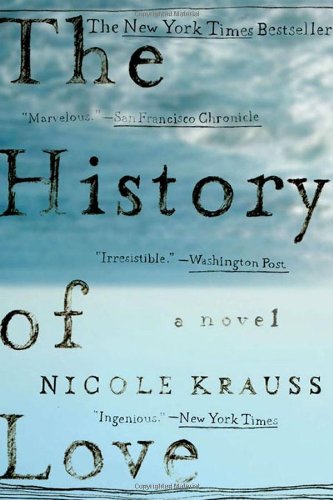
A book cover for The History of Love; Nicole Krauss; Literature & Fiction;